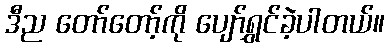
ဒီည တော်တော့်ကို ပျော်ရွှင်ခဲ့ပါတယ်။